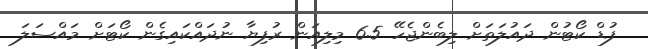
ފުޑް ކޯޓުން ދައުލަތަށް ލިބެންޖެހޭ 6.5 މިލިއަން ރުފިޔާ ނުދައްކައިގެން ކޯޓަށް މައްސަލަ